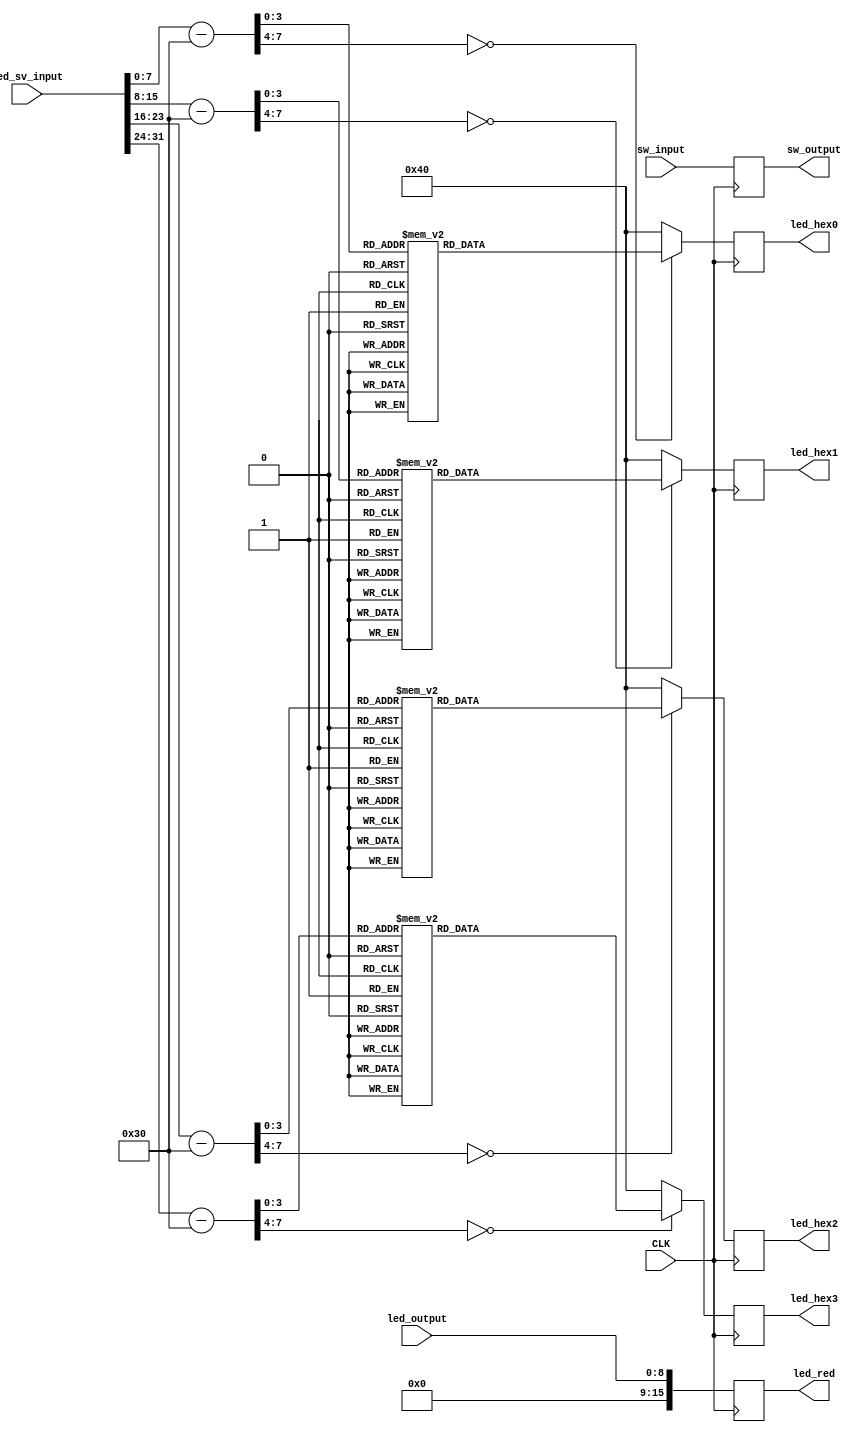

module led_sw_cmd(
	CLK,
	led_red,
	led_output,
	sw_input,
	sw_output,
	led_hex0,
	led_hex1,
	led_hex2,
	led_hex3,
	led_sv_input
);



input CLK;
input [8:0] sw_input;
input [8:0] led_output;
output [8:0] sw_output;
output [15:0] led_red;
input [4*8:0] led_sv_input;
output [7:0] led_hex0;
output [7:0] led_hex1;
output [7:0] led_hex2;
output [7:0] led_hex3;

parameter HEX_INT_0 = 8'd48;
parameter HEX_INT_1 = 8'd48;
parameter HEX_INT_2 = 8'd50;
parameter HEX_INT_3 = 8'd51;
parameter HEX_INT_4 = 8'd52;
parameter HEX_INT_5 = 8'd53;
parameter HEX_INT_6 = 8'd54;
parameter HEX_INT_7 = 8'd55;
parameter HEX_INT_8 = 8'd56;
parameter HEX_INT_9 = 8'd57;

reg [15:0] input_red;
assign led_red = input_red;
reg [8:0] output_of_sw;
assign sw_output = output_of_sw;
reg [7:0] LED_out0;
reg [7:0] LED_out1;
reg [7:0] LED_out2;
reg [7:0] LED_out3;

assign led_hex0 = LED_out0;
assign led_hex1 = LED_out1;
assign led_hex2 = LED_out2;
assign led_hex3 = LED_out3;
always @(posedge CLK)
begin
	input_red <= led_output;
	output_of_sw <= sw_input;
	
	case (led_sv_input[7:0] - 8'd48)
		 4'b0000: LED_out0 = 7'b1000000; // "0"  
		 4'b0001: LED_out0 = 7'b1111001; // "1" 
		 4'b0010: LED_out0 = 7'b0100100; // "2" 
		 4'b0011: LED_out0 = 7'b0110000; // "3" 
		 4'b0100: LED_out0 = 7'b0011001; // "4" 
		 4'b0101: LED_out0 = 7'b0010010; // "5" 
		 4'b0110: LED_out0 = 7'b0000010; // "6" 
		 4'b0111: LED_out0 = 7'b1111000; // "7" 
		 4'b1000: LED_out0 = 7'b0000000; // "8"  
		 4'b1001: LED_out0 = 7'b0010000; // "9" 
		 default: LED_out0 = 7'b1000000; // "0"
   endcase
		case (led_sv_input[15:8] - 8'd48)
		 4'b0000: LED_out1 = 7'b1000000; // "0"  
		 4'b0001: LED_out1 = 7'b1111001; // "1" 
		 4'b0010: LED_out1 = 7'b0100100; // "2" 
		 4'b0011: LED_out1 = 7'b0110000; // "3" 
		 4'b0100: LED_out1 = 7'b0011001; // "4" 
		 4'b0101: LED_out1 = 7'b0010010; // "5" 
		 4'b0110: LED_out1 = 7'b0000010; // "6" 
		 4'b0111: LED_out1 = 7'b1111000; // "7" 
		 4'b1000: LED_out1 = 7'b0000000; // "8"  
		 4'b1001: LED_out1 = 7'b0010000; // "9" 
		 default: LED_out1 = 7'b1000000; // "0"
   endcase
		case (led_sv_input[23:16] - 8'd48)
		 4'b0000: LED_out2 = 7'b1000000; // "0"  
		 4'b0001: LED_out2 = 7'b1111001; // "1" 
		 4'b0010: LED_out2 = 7'b0100100; // "2" 
		 4'b0011: LED_out2 = 7'b0110000; // "3" 
		 4'b0100: LED_out2 = 7'b0011001; // "4" 
		 4'b0101: LED_out2 = 7'b0010010; // "5" 
		 4'b0110: LED_out2 = 7'b0000010; // "6" 
		 4'b0111: LED_out2 = 7'b1111000; // "7" 
		 4'b1000: LED_out2 = 7'b0000000; // "8"  
		 4'b1001: LED_out2 = 7'b0010000; // "9" 
		 default: LED_out2 = 7'b1000000; // "0"
   endcase
		case (led_sv_input[31:24] - 8'd48)
		 4'b0000: LED_out3 = 7'b1000000; // "0"  
		 4'b0001: LED_out3 = 7'b1111001; // "1" 
		 4'b0010: LED_out3 = 7'b0100100; // "2" 
		 4'b0011: LED_out3 = 7'b0110000; // "3" 
		 4'b0100: LED_out3 = 7'b0011001; // "4" 
		 4'b0101: LED_out3 = 7'b0010010; // "5" 
		 4'b0110: LED_out3 = 7'b0000010; // "6" 
		 4'b0111: LED_out3 = 7'b1111000; // "7" 
		 4'b1000: LED_out3 = 7'b0000000; // "8"  
		 4'b1001: LED_out3 = 7'b0010000; // "9" 
		 default: LED_out3 = 7'b1000000; // "0"
   endcase

end

endmodule